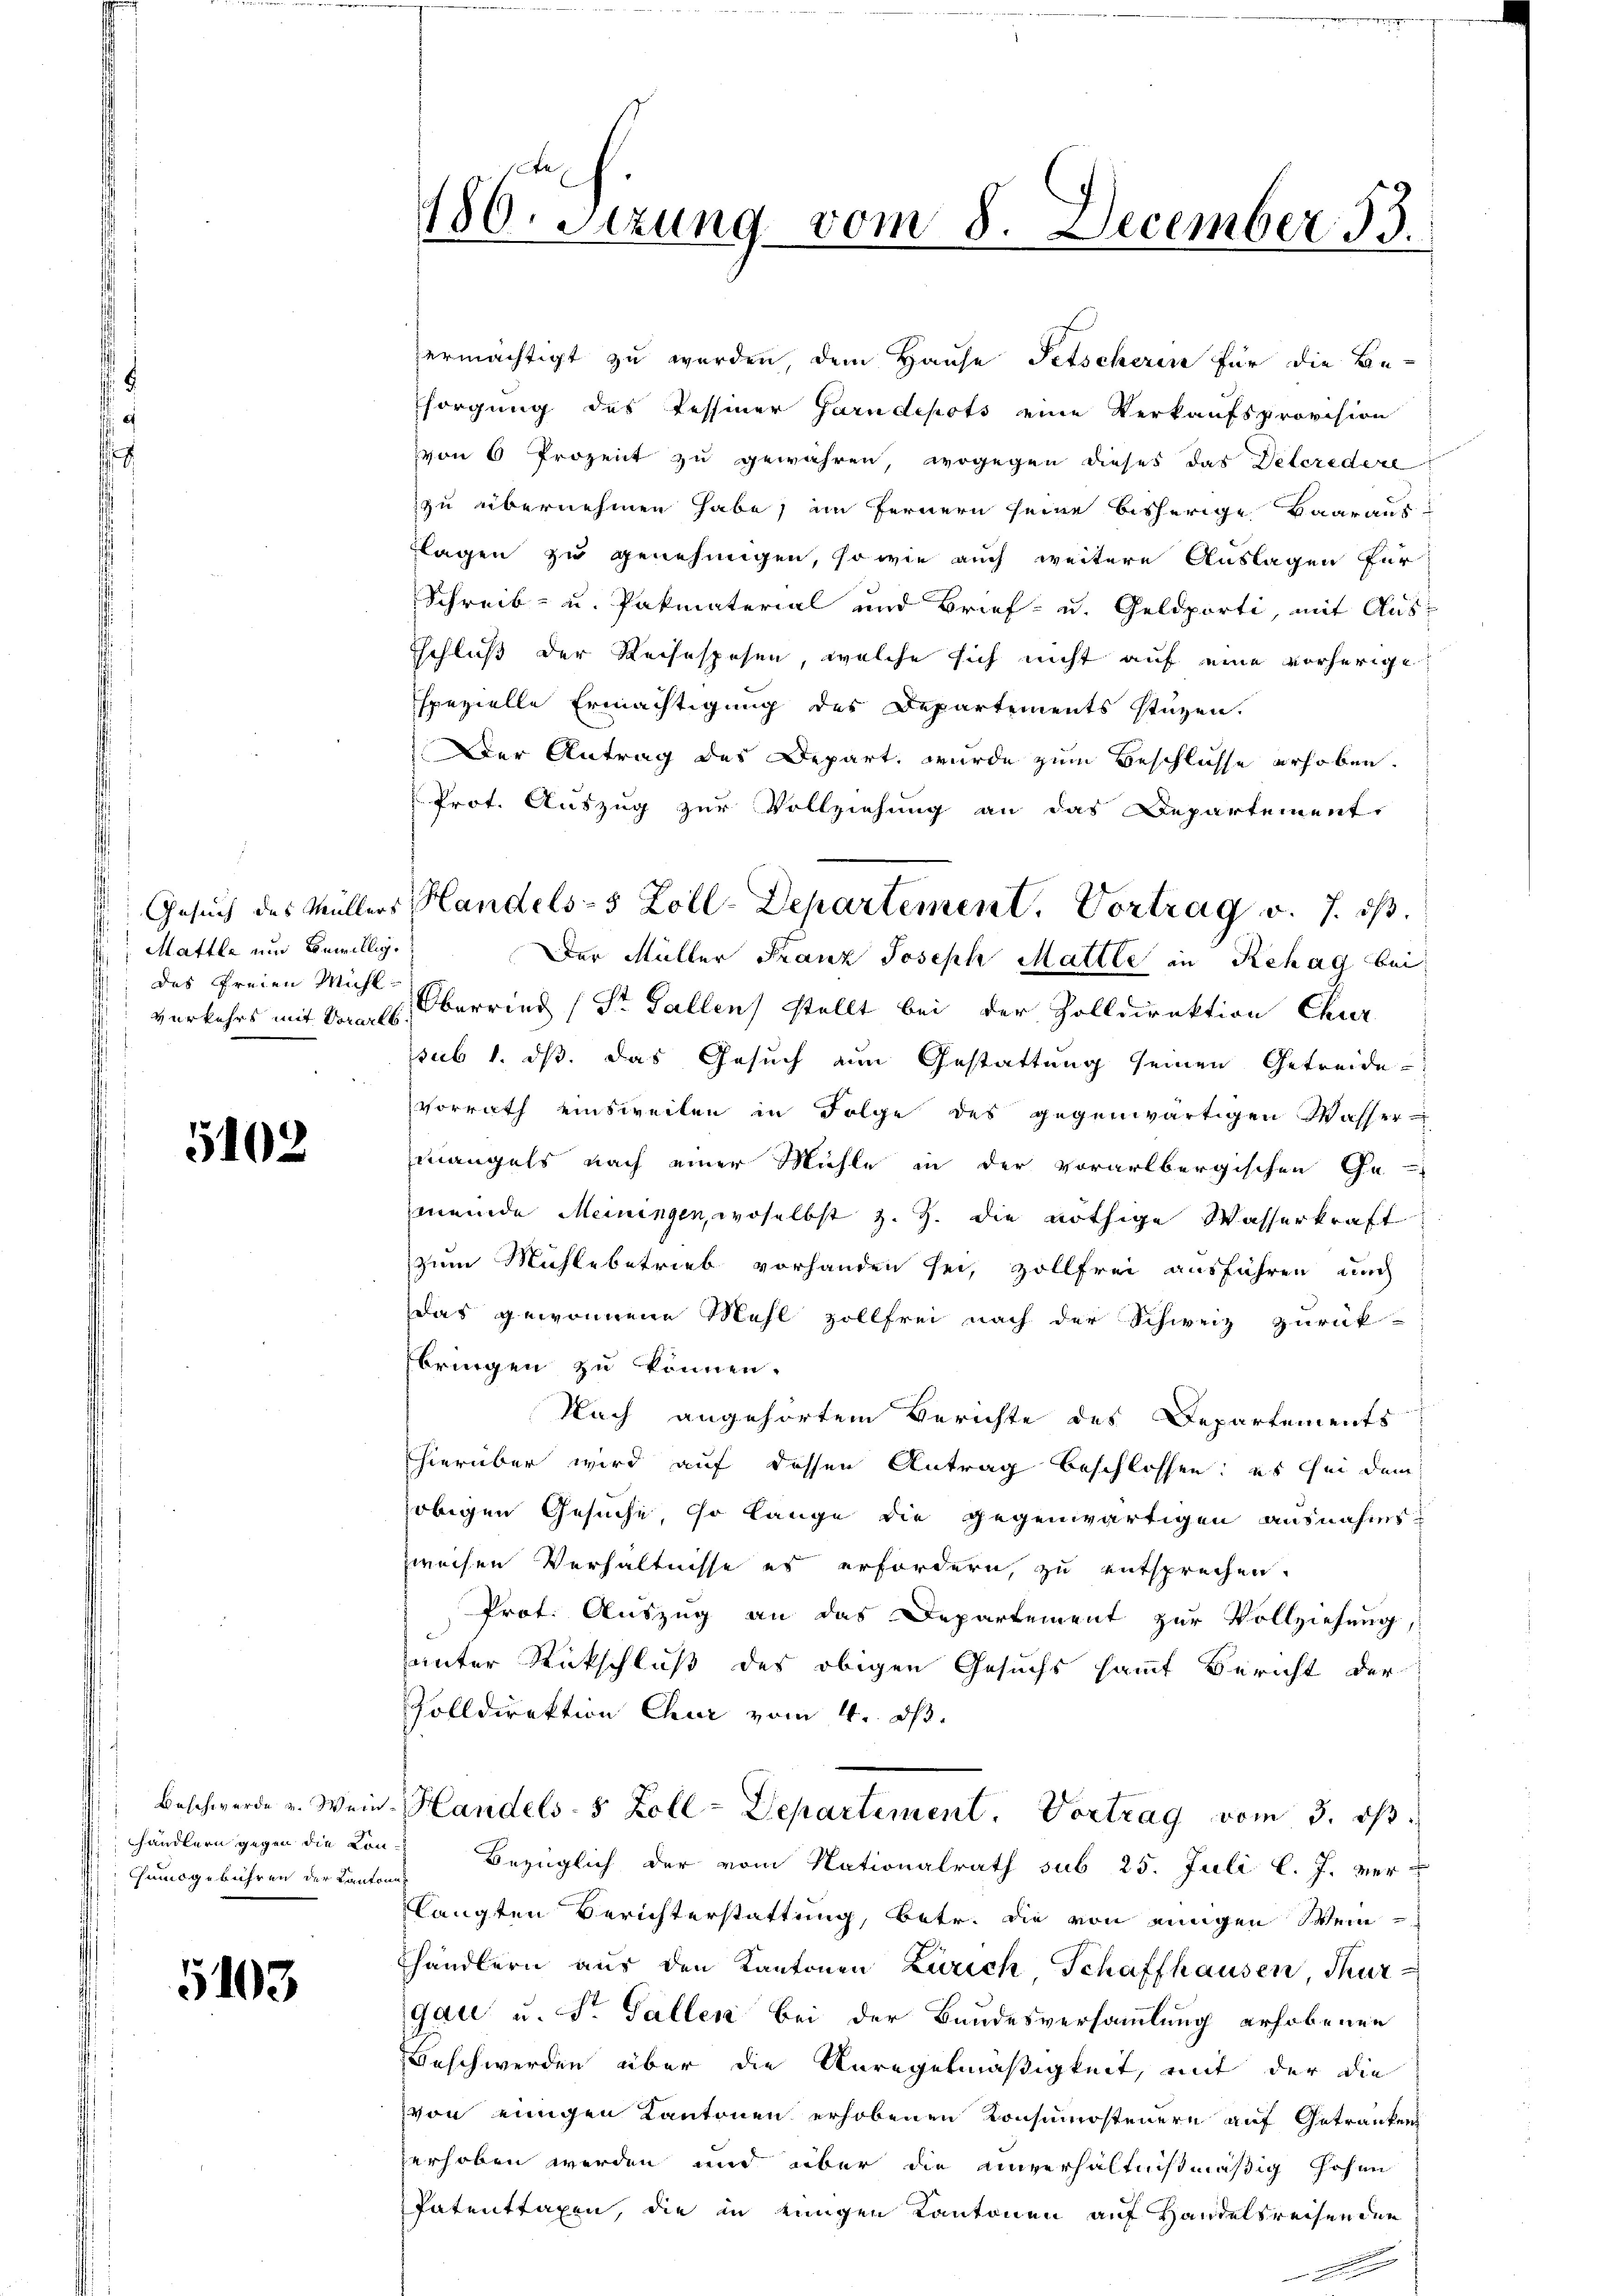
Mattle und Bewillige
das freien Mühl

5102

händlern gegen die Konumogebühren der Kantona¬

5103

180. Sezung vom 8. December 33.

Gesuch des Müllers Handels- 5 Zoll-Departement. Vortrag v. 7. 13.

ermächtigt zu werden, dem Hause Fetscherin für die Be-
Esorgung des Tessiner Garndepots eine Verkaufsprovision
von 6 Prozent zu gewähren, wogegen dieses das Deteredere
zu übernehmen habe, im Fernern seine bisherige Baaraus-
lagen zu genehmigen, sowie auch weitere Auslagen für
Schreib- u. Pakmaterial und Brief- u. Geldporti, mit Aus¬
Eschluß der Rechtspesen, welche sich nicht auf eine vorherige
spezielle Ermächtigung des Departements stüzen.
Der Antrag des Depart, wurde zum Beschlüsse erhoben.
Prot. Auszug zur Vollziehung an das Departement.
Der Müller Franz Joseph Mattle in Rehag bei
verkehrs mit kant. Oberring (St. Gallen stellt bei der Zolldirektion Chur
sub 1. ds. das Gesuch zum Gestattung seinen Getreide
vorrath einsweilen in Folge des gegenwärtigen Wasser-
mangels nach einer Mühle in der vorarlbergischen Ge
meinde Meiningen, woselbst z. Z. die nöthige Wasserkraft
zum Mühlebetrieb vorhanden sei, zollfrei ausführen auch
das gewonnene Mehl zollfrei nach der Schweiz zurück-
bringen zu können.
Nach angehörtem Berichte des Departements
hierüber wird auf dessen Antrag beschlossen; es sei dem
obigen Gesuche, so lange die gegenwärtigen ausnahmszweisen Verhältnisse es erfordern, zu entsprechen.
Prot. Auszug an das Departement zur Vollziehung,
unter Rückschluß des obigen Gesuchs sammt Bericht der
Volldirektion Chur vom 4. ds.
Beschwerde u. Wein Handels- 5 Zoll-Departement. Vortrag vom 3. ds.
Bezüglich der vom Nationalrath sub 25. Juli l. J. ver-
langten Berichterstattung, betr. die von einigen Weinhändlern aus den Kantonen Zürich Schaffhausen Thurgau u. S. Gallen bei der Bundesversammlung erhobenen
Geschwerden über die Anregelmäßigkeit, mit der die
von einigen Kantonen erhobenen Konsumsteuern auf Getränken
erhoben werden und über die unverhältnismäßig hohen
Patenttaxen, die in einigen Kantonen auf Handelsreisen den